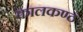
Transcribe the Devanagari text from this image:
कालकण्ठं